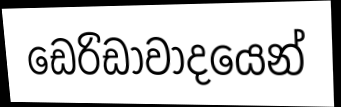
ඩෙරිඩාවාදයෙන්